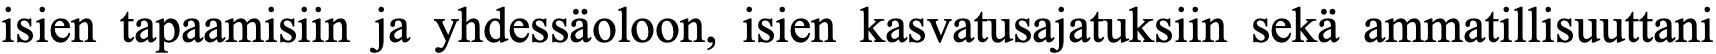
isien tapaamisiin ja yhdessäoloon, isien kasvatusajatuksiin sekä ammatillisuuttani